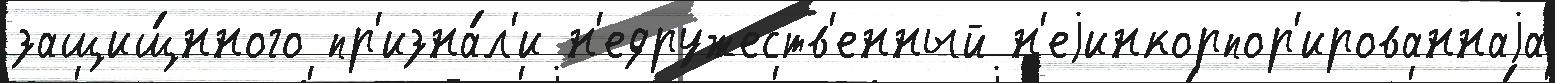
защищ́нного пр'изна́л'и н'едружеств'енный н'еjинкорпор'ированнаjа